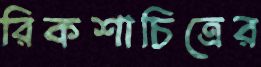
রিকশাচিত্রের